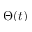
\Theta ( t )